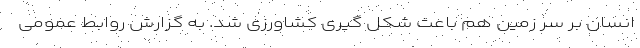
انسان بر سر زمین هم باعث شکل گیری کشاورزی شد. به گزارش روابط عمومی